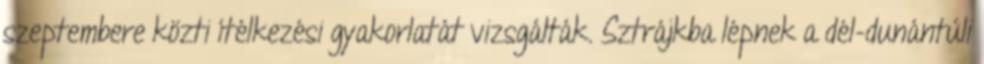
szeptembere közti ítélkezési gyakorlatát vizsgálták. Sztrájkba lépnek a dél-dunántúli